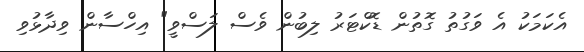
އެކަމަކު އެ ވަގުތު ގޮތުން ޑޮކްޓަރު ލިބުން ވެސް ލަސްވީ" އިހްސާން ވިދާޅުވި